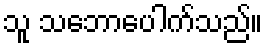
သူ သဘောပေါက်သည်။